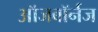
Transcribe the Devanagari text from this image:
ऑजबॉर्नज